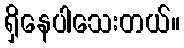
ရှိနေပါသေးတယ်။